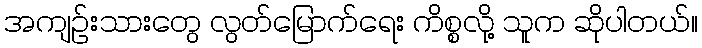
အကျဉ်းသားတွေ လွတ်မြောက်ရေး ကိစ္စလို့ သူက ဆိုပါတယ်။